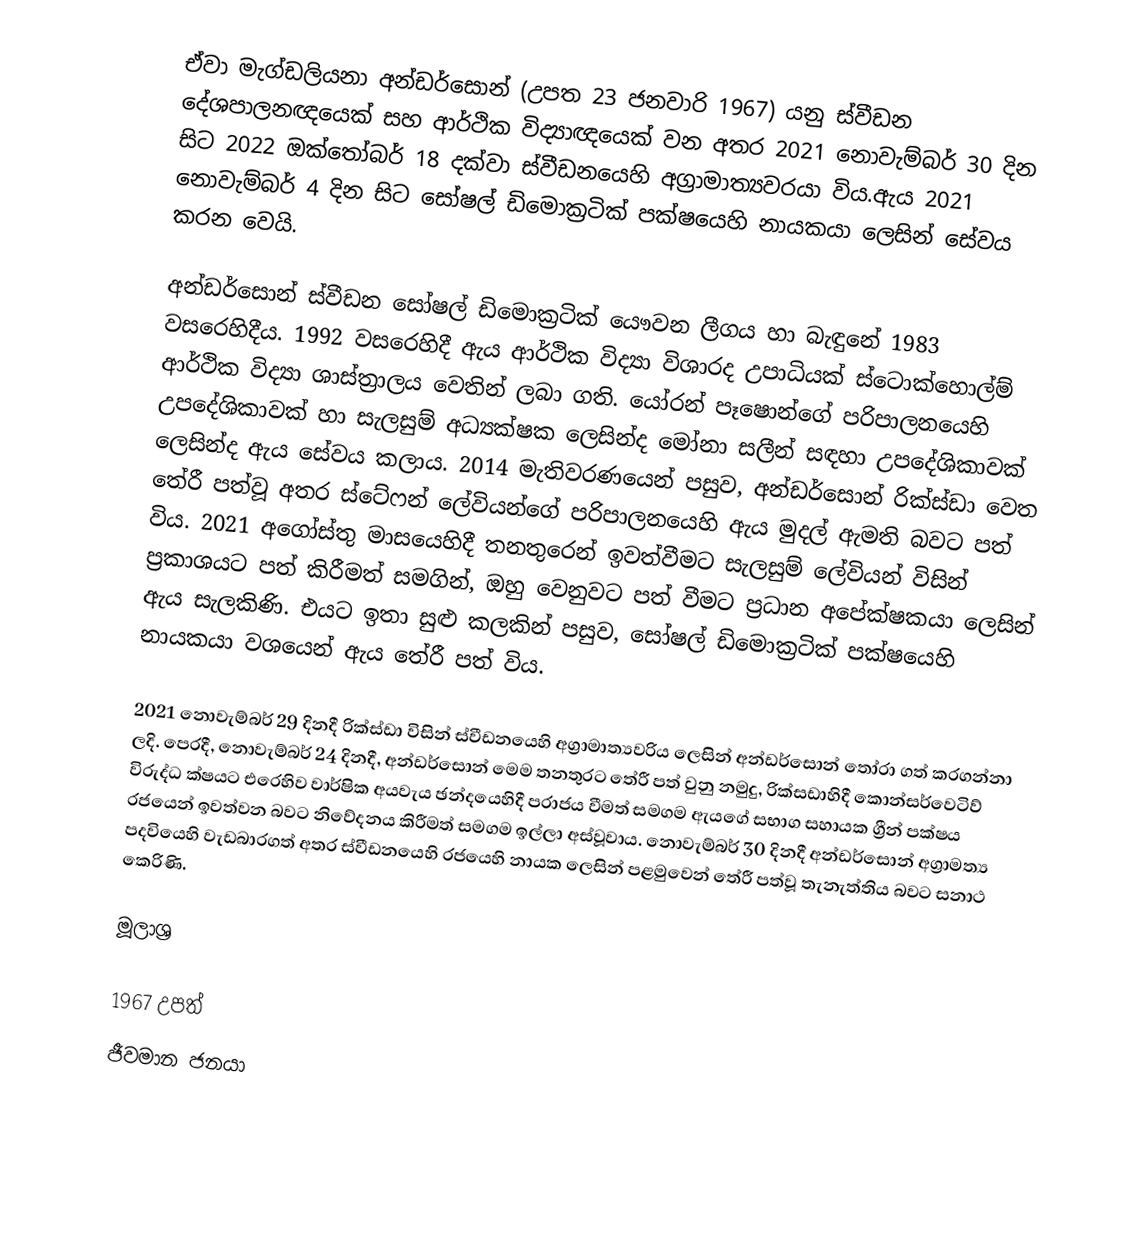
ඒවා මැග්ඩලියනා අන්ඩර්සොන් (උපත 23 ජනවාරි 1967) යනු ස්වීඩන දේශපාලනඥයෙක් සහ ආර්ථික විද්‍යාඥයෙක් වන අතර 2021 නොවැම්බර් 30 දින සිට 2022 ඔක්තෝබර් 18 දක්වා ස්වීඩනයෙහි අග්‍රාමාත්‍යවරයා විය.ඇය 2021 නොවැම්බර් 4 දින සිට   සෝෂල් ඩිමොක්‍රටික් පක්ෂයෙහි නායකයා ලෙසින් සේවය කරන වෙයි.

අන්ඩර්සොන්  ස්වීඩන සෝෂල් ඩිමොක්‍රටික් යෞවන ලීගය හා බැඳුනේ 1983 වසරෙහිදීය. 1992 වසරෙහිදී ඇය ආර්ථික විද්‍යා විශාරද උපාධියක්  ස්ටොක්හොල්ම් ආර්ථික විද්‍යා ශාස්ත්‍රාලය වෙතින් ලබා ගති.  යෝරන් පෑෂොන්ගේ පරිපාලනයෙහි උපදේශිකාවක් හා සැලසුම් අධ්‍යක්ෂක ලෙසින්ද  මෝනා සලීන් සඳහා උපදේශිකාවක් ලෙසින්ද ඇය සේවය කලාය. 2014 මැතිවරණයෙන් පසුව, අන්ඩර්සොන් රික්ස්ඩා වෙත තේරී පත්වූ අතර  ස්ටේෆන් ලේවියන්ගේ පරිපාලනයෙහි ඇය මුදල් ඇමති බවට පත් විය. 2021 අගෝස්තු මාසයෙහිදී තනතුරෙන් ඉවත්වීමට සැලසුම් ලේවියන් විසින් ප්‍රකාශයට පත් කිරීමත් සමගින්, ඔහු වෙනුවට පත් වීමට ප්‍රධාන අපේක්ෂකයා ලෙසින් ඇය සැලකිණි. එයට ඉතා සුළු කලකින් පසුව, සෝෂල් ඩිමොක්‍රටික් පක්ෂයෙහි නායකයා වශයෙන් ඇය තේරී පත් විය.

2021 නොවැම්බර් 29 දිනදී රික්ස්ඩා විසින් ස්වීඩනයෙහි අග්‍රාමාත්‍යවරිය ලෙසින් අන්ඩර්සොන් තෝරා ගත් කරගන්නා ලදි. පෙරදී, නොවැම්බර් 24 දිනදී, අන්ඩර්සොන් මෙම තනතුරට තේරී පත් වුනු නමුදු, රික්සඩාහිදී කොන්සර්වෙටිව් විරුද්ධ ක්ෂයට එරෙහිව වාර්ෂික අයවැය ඡන්දයෙහිදී පරාජය වීමත් සමගම  ඇයගේ සභාග සහායක ග්‍රීන් පක්ෂය රජයෙන් ඉවත්වන බවට නිවේදනය කිරීමත් සමගම ඉල්ලා අස්වූවාය. නොවැම්බර්  30 දිනදී අන්ඩර්සොන් අග්‍රාමත්‍ය පදවියෙහි වැඩබාරගත් අතර ස්වීඩනයෙහි රජයෙහි නායක ලෙසින් පළමුවෙන් තේරී  පත්වූ තැනැත්තිය බවට සනාථ කෙරිණි.

මූලාශ්‍ර

1967 උපත්
ජීවමාන ජනයා